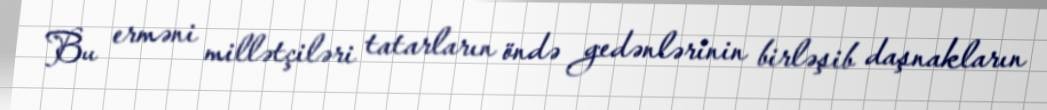
Bu erməni millətçiləri tatarların öndə gedənlərinin birləşib daşnakların